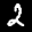
Label: 2